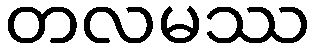
တလမဿ